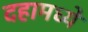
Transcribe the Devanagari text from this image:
दहामध्ये